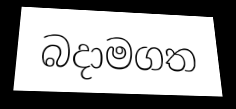
බදාමගත